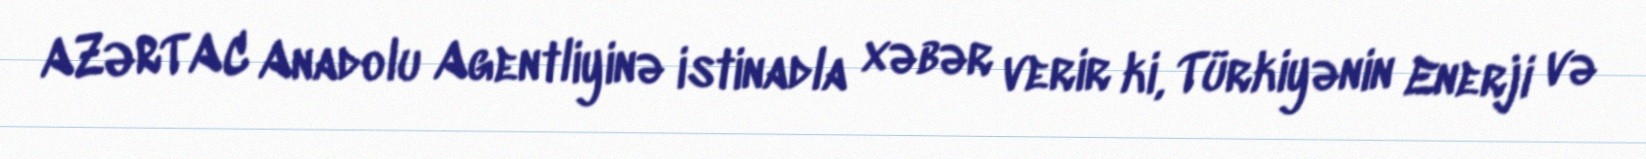
AZƏRTAC Anadolu Agentliyinə istinadla xəbər verir ki, Türkiyənin Enerji və